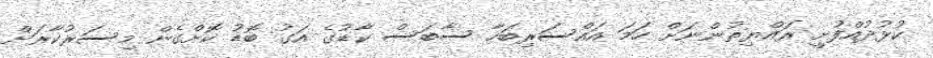
ކުޅުދުއްފުށީ ރައްޔިތުންނަށް ހަމަ އައްސަރިބަހާ ސާބަސް ކާޑުގެ އަގު ބޮޑު ކޮޮށްގެން މިސަރުކާރަށް